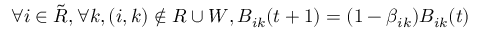
\forall i \in \tilde { R } , \forall k , ( i , k ) \notin R \cup W , B _ { i k } ( t + 1 ) = ( 1 - \beta _ { i k } ) B _ { i k } ( t )